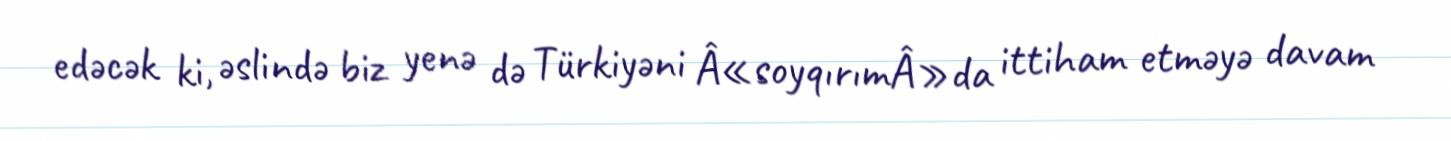
edəcək ki, əslində biz yenə də Türkiyəni Â«soyqırımÂ»da ittiham etməyə davam